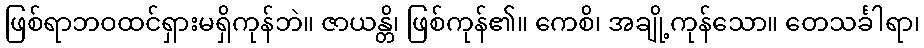
ဖြစ်ရာဘဝထင်ရှားမရှိကုန်ဘဲ။ ဇာယန္တိ၊ ဖြစ်ကုန်၏။ ကေစိ၊ အချို့ကုန်သော။ တေသင်္ခါရာ၊